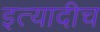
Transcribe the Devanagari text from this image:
इत्यादीच